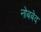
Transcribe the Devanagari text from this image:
नोबबेद